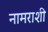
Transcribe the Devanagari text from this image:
नामराशी